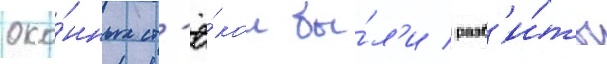
око́нных ст'ё́кол бы́л'и разб'и́ты